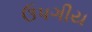
ઉપગીય